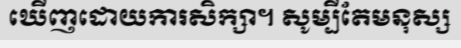
ឃើញដោយការសិក្សា។ សូម្បីតែមនុស្ស